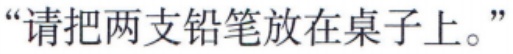
“请把两支铅笔放在桌子上。”